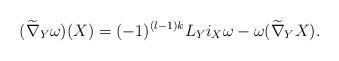
LaTeX: \begin{align*}(\widetilde{\nabla}_Y\omega)(X)&=(-1)^{(l-1)k}L_Yi_X\omega-\omega(\widetilde{\nabla}_YX).\end{align*}